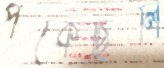
পট্‌কেছিলি